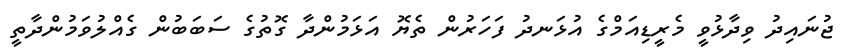
ޖުނައިދު ވިދާޅުވީ މެރީޑިއަމްގެ އުޅަނދު ފަހަރުން ތެޔޮ އަޅަމުންދާ ގޮތުގެ ސަބަބުން ގެއްލުވަމުންދާތީ